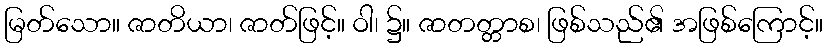
မြတ်သော။ ဇာတိယာ၊ ဇာတ်ဖြင့်။ ဝါ၊ ၌။ ဇာတတ္တာစ၊ ဖြစ်သည်၏ အဖြစ်ကြောင့်။